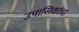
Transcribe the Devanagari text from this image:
उपासिकांचा